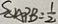
S _ { \Delta A P B } = \frac { 1 } { 2 }